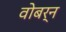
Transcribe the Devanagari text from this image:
वोबर्न